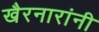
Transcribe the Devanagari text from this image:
खैरनारांनी